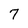
Character: 7